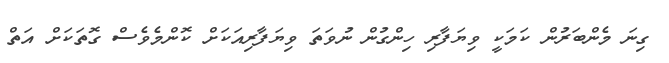
ގިނަ މެންބަރުން ކަމަކީ ވިޔަފާރި ހިންގުން ނުވަތަ ވިޔަފާރިއަކަށް ކޮންމެވެސް ގޮތަކަށް އަތް